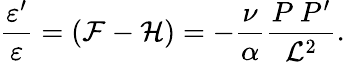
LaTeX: \frac{\varepsilon^{\prime}}{\varepsilon}=({\cal F}-{\cal H})=-\frac{\nu}{\alpha}\frac{P~P^{\prime}}{{\cal L}^{2}}.